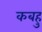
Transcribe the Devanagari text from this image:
कबहु